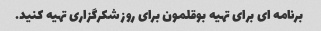
برنامه ای برای تهیه بوقلمون برای روز شکرگزاری تهیه کنید.